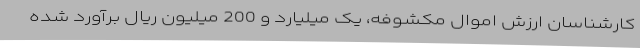
کارشناسان ارزش اموال مکشوفه، یک میلیارد و 200 میلیون ریال برآورد شده